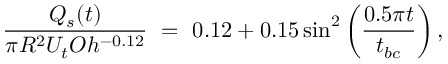
\frac { Q _ { s } ( t ) } { \pi R ^ { 2 } U _ { t } O h ^ { - 0 . 1 2 } } ~ = ~ 0 . 1 2 + 0 . 1 5 \sin ^ { 2 } \left( \frac { 0 . 5 \pi t } { t _ { b c } } \right) ,